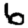
Digit: 6